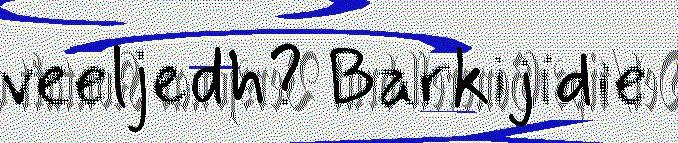
veeljedh? Barkijidie